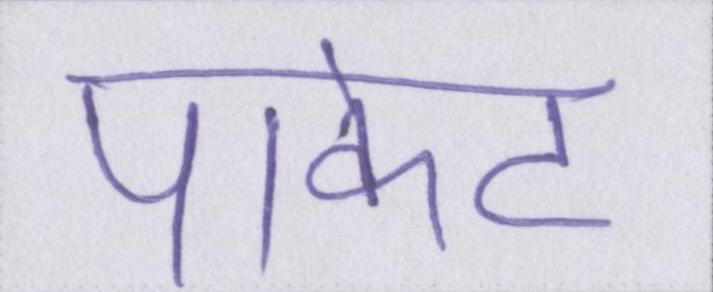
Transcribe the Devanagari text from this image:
पाकेट